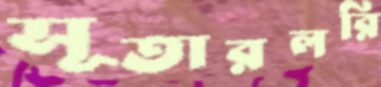
সূতারলরি